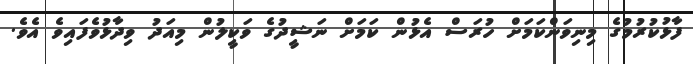
ފާޅުކުރުމުގެ މިނިވަންކަމަށް ހުރަސް އެޅުން ކަމަށް ނަޝީދުގެ ވަކީލުން މިއަދު ވިދާޅުވެފައިވެ އެވެ.